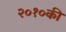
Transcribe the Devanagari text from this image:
२०१०की